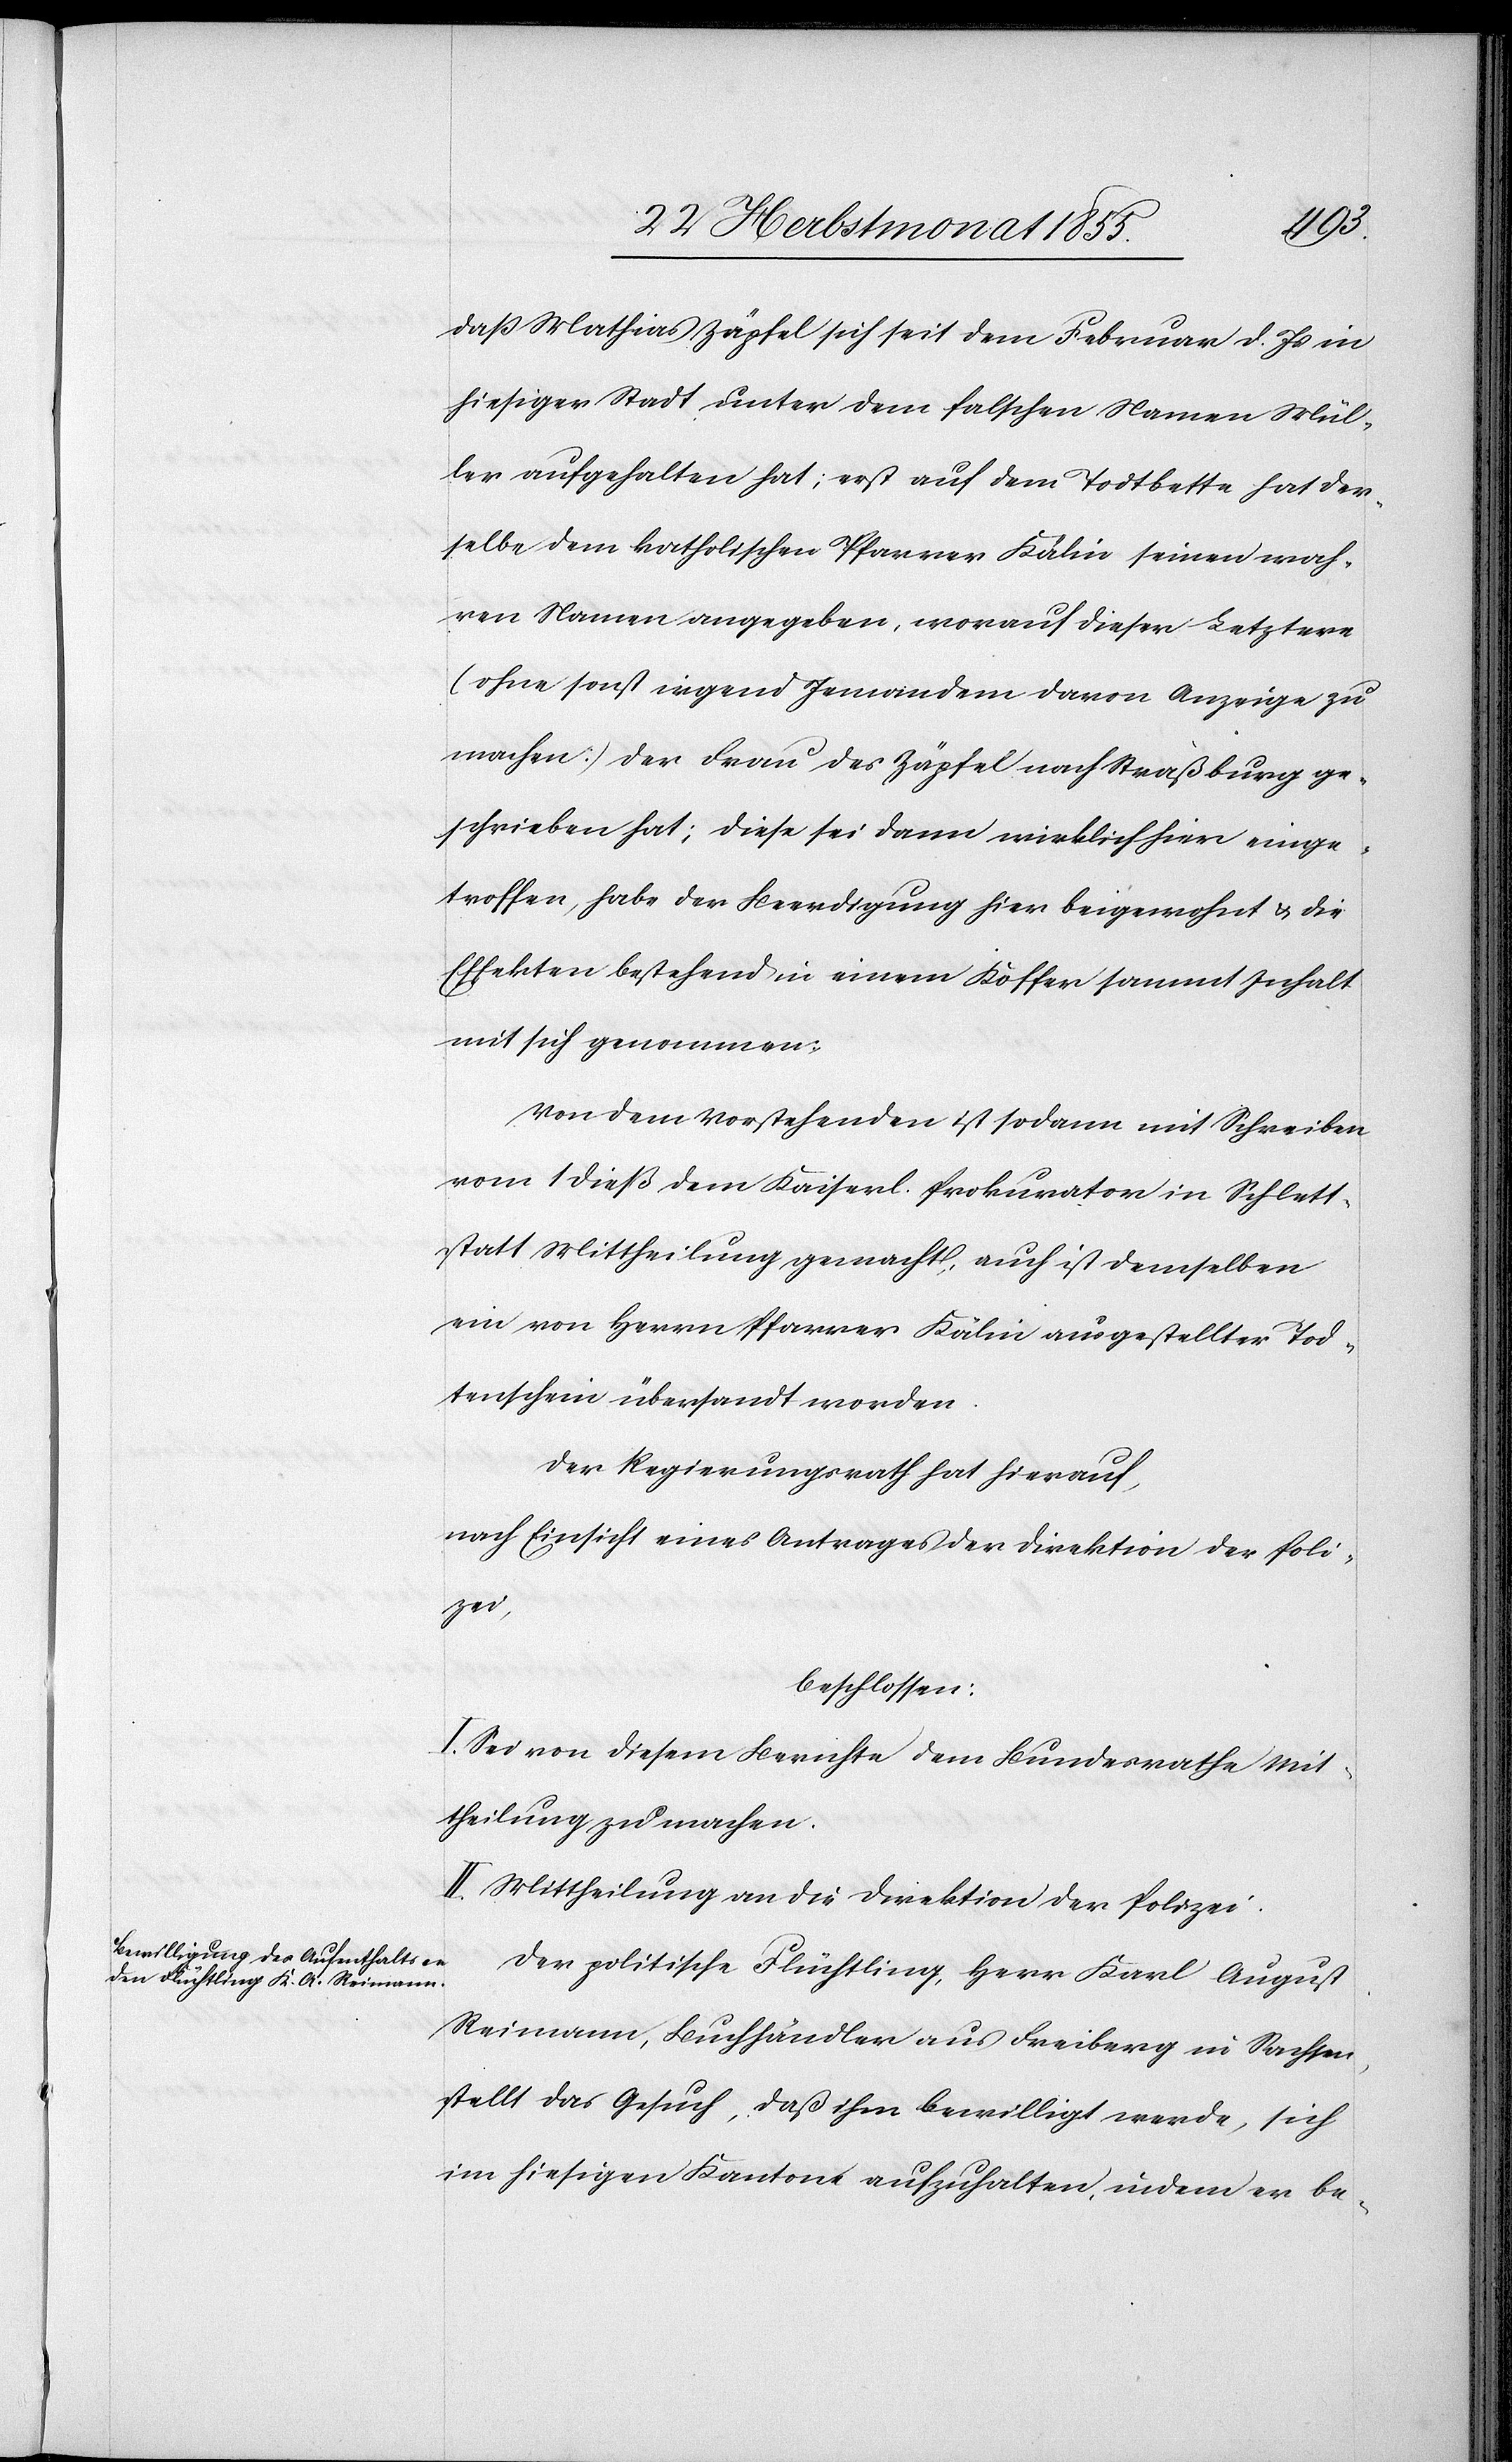
daß Mathias Zäpfel sich seit dem Februar d. Js in
hiesiger Stadt unter dem falschen Namen Mül¬
ler aufgehalten hat; erst auf dem Todtbette hat der¬
selbe dem katholischen Pfarrer Kälin seinen wah¬
ren Namen angegeben, worauf dieser Letztere
(ohne sonst irgend Jemandem davon Anzeige zu
machen.) der Frau des Zäpfel nach Straßburg ge¬
schrieben hat; diese sei dann wirklich hier einge¬
troffen, habe der Beerdigung hier beigewohnt & die
Effekten bestehend in einem Koffer sammt Inhalt
mit sich genommen.
Von dem Vorstehenden ist sodann mit Schreiben
vom 1 dieß dem Kaiserl. Prokurator in Schlett¬
statt Mittheilung gemacht, auch ist demselben
ein von Herrn Pfarrer Kälin ausgestellter Tod¬
tenschein übersandt worden.
Der Regierungsrath hat hierauf,
nach Einsicht eines Antrages der Direktion der Poli¬
zei,
beschlossen:
I. Sei von diesem Berichte dem Bundesrathe Mit¬
theilung zu machen.
II. Mittheilung an die Direktion der Polizei.
Der politische Flüchtling, Herr Karl August
Reimann, Buchhändler aus Freiberg in Sachsen,
stellt das Gesuch, daß ihm bewilligt werde, sich
im hiesigen Kantone aufzuhalten, indem er be-